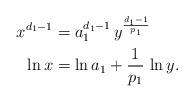
\begin{align*}x^{d_1 - 1} & = a_1^{d_1 - 1} \, y^{\frac{d_1 -1}{p_1}} \\\ln x & = \ln a_1 + \frac{1}{p_1} \, \ln y.\end{align*}